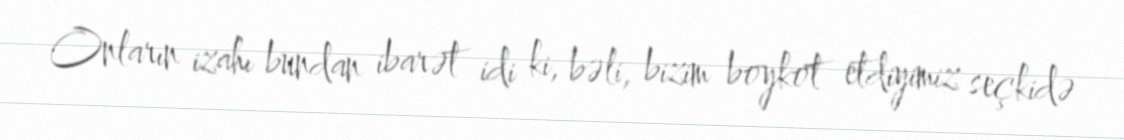
Onların izahı bundan ibarət idi ki, bəli, bizim boykot etdiyimiz seçkidə